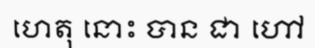
ហេតុ នោះ បាន ជា ហៅ